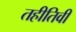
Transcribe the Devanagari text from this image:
तहीतिवी